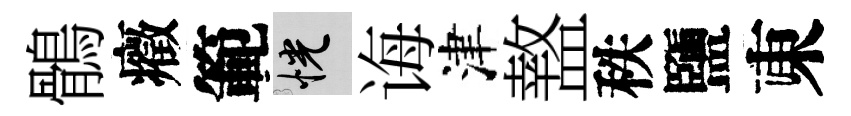
鶻癥範恍诲津盩秩鹽東